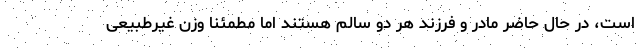
است، در حال حاضر مادر و فرزند هر دو سالم هستند اما مطمئنا وزن غیرطبیعی